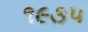
૧૯૩પ